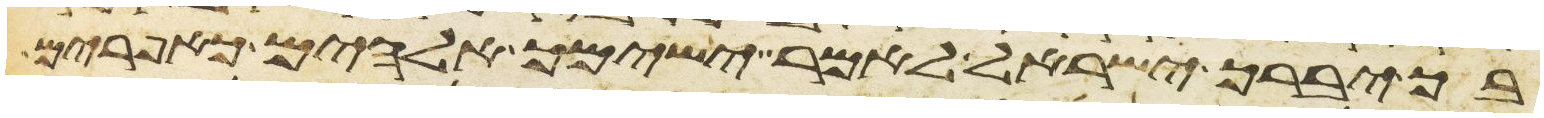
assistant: בך יברך ישראל לאמר ישימך אלהים כאפרים